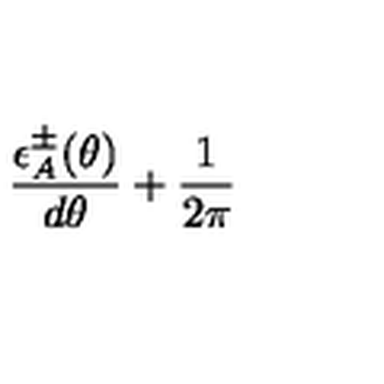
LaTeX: \frac { \epsilon _ { A } ^ { \pm } ( \theta ) } { d \theta } + \frac { 1 } { 2 \pi }